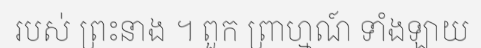
របស់ ព្រះនាង ។ ពួក ព្រាហ្មណ៍ ទាំងឡាយ